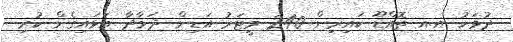
ދުވަހު އ.އ ތޮއްޑޫ ކައިރިން 240 މީޓަރު އަޑިން ދަމާދާ އަޅައިގެން ކުރި